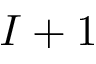
I + 1